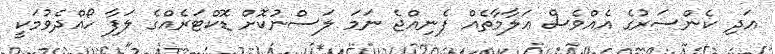
އަދި ކެންސަރުގެ އެއްވެސް ޢަލާމާތެއް ފެނިއްޖެ ނަމަ ލަސްނުކޮށް ޑޮކްޓަރެއްގެ ލަފާ ހޯއްދެވުމަކީ